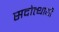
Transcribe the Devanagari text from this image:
सदोत्थायी